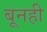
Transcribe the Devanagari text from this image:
बूनही